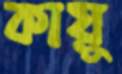
কায়ু